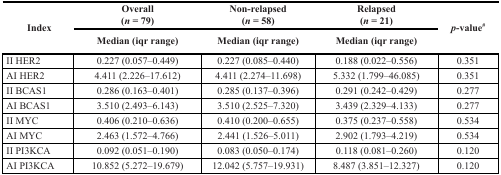
| <ROWSPAN=2> Index | Overall(n = 79) | Non-relapsed(n = 58) | Relapsed(n = 21) | <ROWSPAN=2> p-value# |
 | Median (iqr range) | Median (iqr range) | Median (iqr range) |
 | --- | --- | --- | --- | --- |
 | II HER2 | 0.227 (0.057–0.449) | 0.227 (0.085–0.440) | 0.188 (0.022–0.556) | 0.351 |
 | AI HER2 | 4.411 (2.226–17.612) | 4.411 (2.274–11.698) | 5.332 (1.799–46.085) | 0.351 |
 | II BCAS1 | 0.286 (0.163–0.401) | 0.285 (0.137–0.396) | 0.291 (0.242–0.429) | 0.277 |
 | AI BCAS1 | 3.510 (2.493–6.143) | 3.510 (2.525–7.320) | 3.439 (2.329–4.133) | 0.277 |
 | II MYC | 0.406 (0.210–0.636) | 0.410 (0.200–0.655) | 0.375 (0.237–0.558) | 0.534 |
 | AI MYC | 2.463 (1.572–4.766) | 2.441 (1.526–5.011) | 2.902 (1.793–4.219) | 0.534 |
 | II PI3KCA | 0.092 (0.051–0.190) | 0.083 (0.050–0.174) | 0.118 (0.081–0.260) | 0.120 |
 | AI PI3KCA | 10.852 (5.272–19.679) | 12.042 (5.757–19.931) | 8.487 (3.851–12.327) | 0.120 |